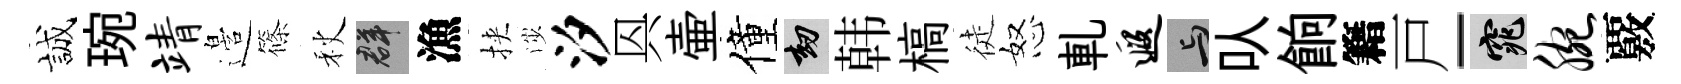
誠琬靖邉篠秋群漁挾渉汐㒷壷僮劫韩槁徒怒軋遐与㕥餉籍戸-窕腕覈